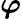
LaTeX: \boldsymbol{\varphi}